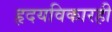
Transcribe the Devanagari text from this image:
हृदयविकारही